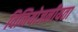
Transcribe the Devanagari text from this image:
विनियोजनीयता